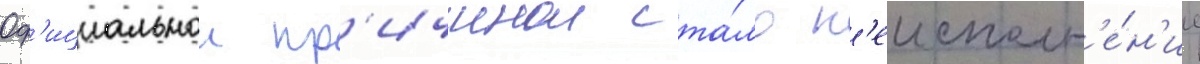
Оф'ициальнои пр'ичинои ста́ло н'еисполн'е́н'ие